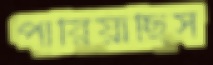
পারিয়াছিস